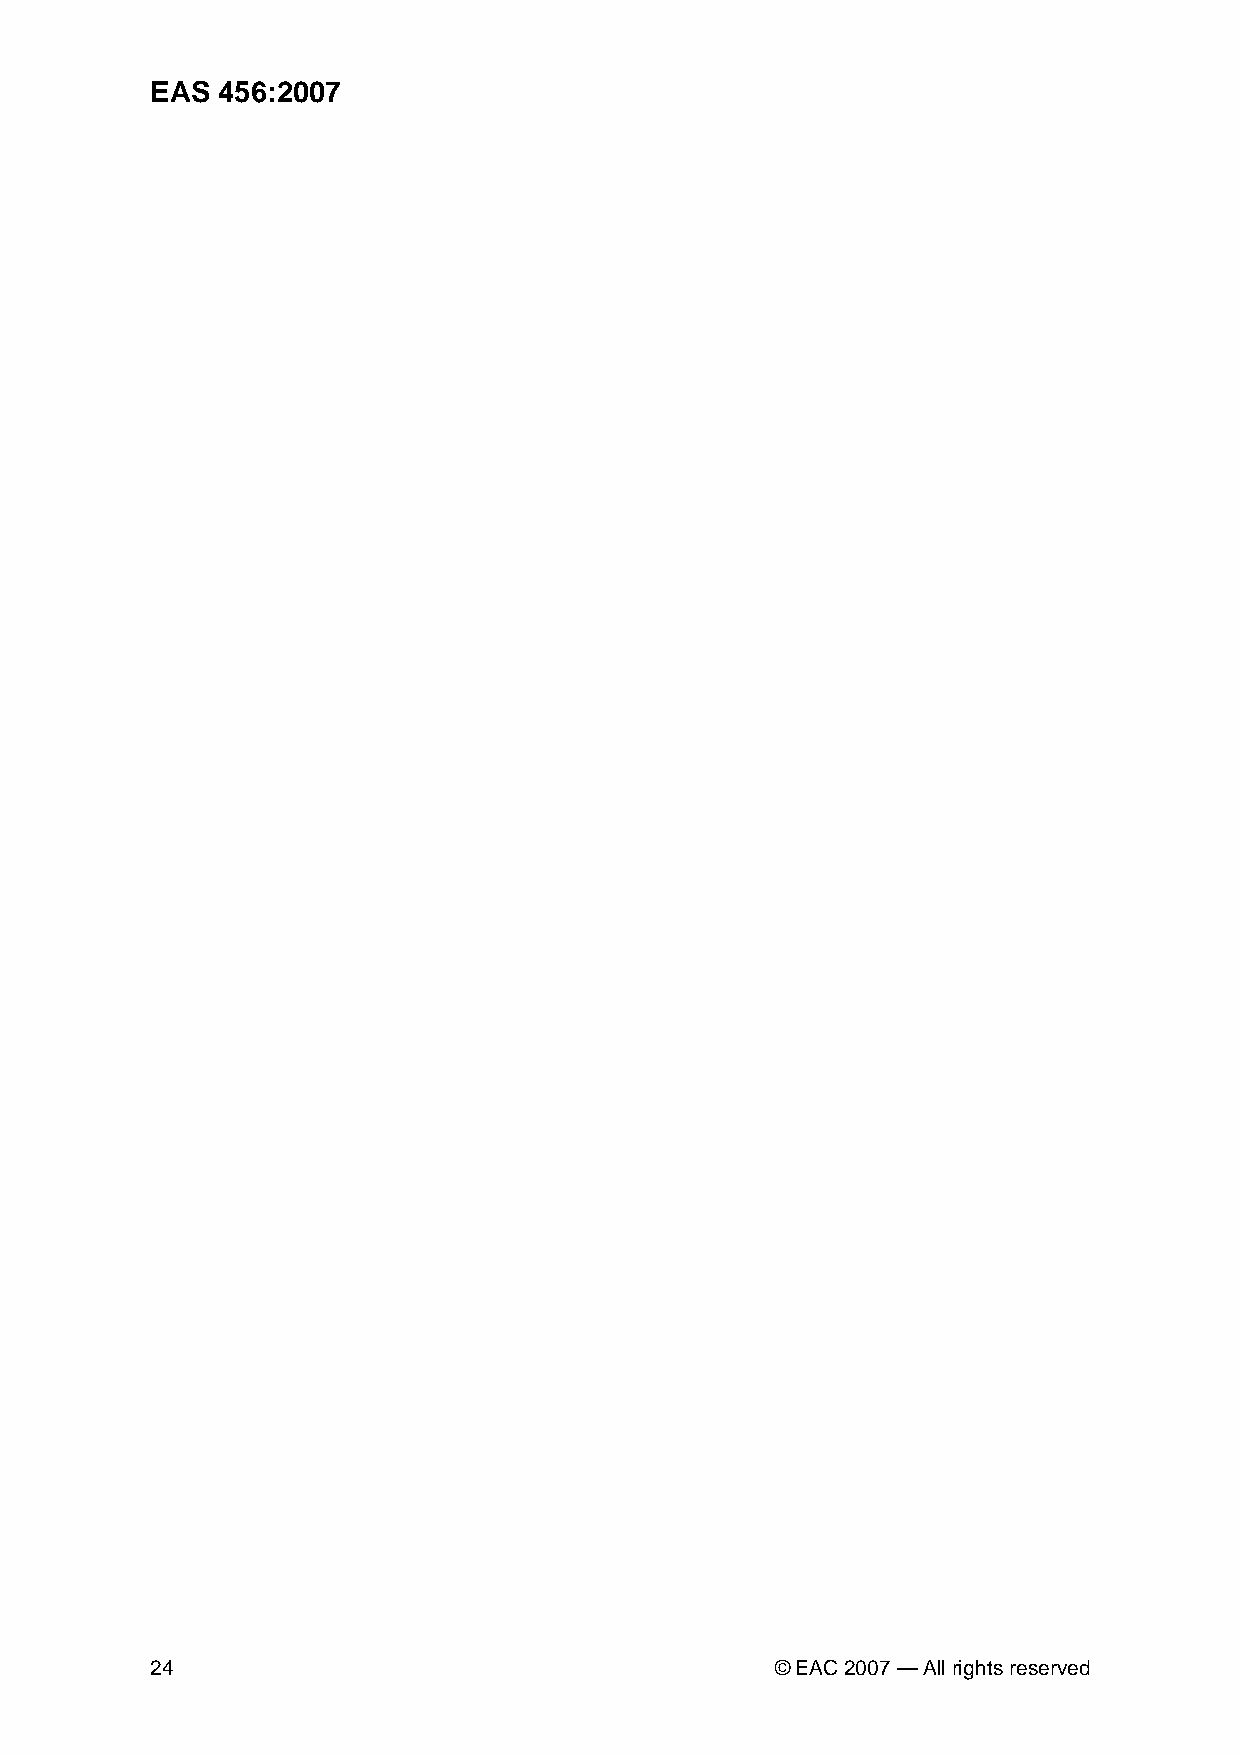
EAS 456:2007
 24                                       © EAC 2007 — All rights reserved